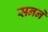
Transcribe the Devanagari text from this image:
सनने